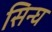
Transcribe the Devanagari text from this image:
सिन्घ